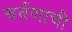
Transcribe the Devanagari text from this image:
चर्वणाची